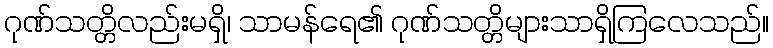
ဂုဏ်သတ္တိလည်းမရှိ၊ သာမန်ရေ၏ ဂုဏ်သတ္တိများသာရှိကြလေသည်။